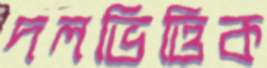
দলভিত্তিক